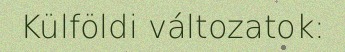
Külföldi változatok: